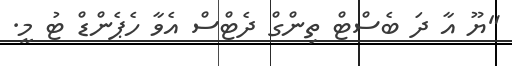
"ޔޫ އާ ދަ ބެސްޓް ތިންގް ދެޓްސް އެވާ ހެޕެންޑް ޓު މީ.